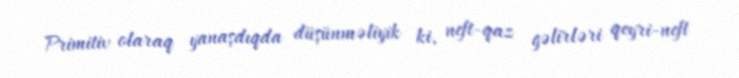
Primitiv olaraq yanaşdıqda düşünməliyik ki, neft-qaz gəlirləri qeyri-neft